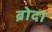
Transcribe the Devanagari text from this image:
ब्रोदा